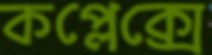
কপ্লেক্সে